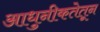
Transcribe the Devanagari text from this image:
आधुनीकतेतून